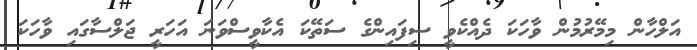
އަލްހާން މިމޭރުމުން ވާހަކަ ދެއްކެވީ ސިފައިންގެ ސަތޭކަ އެކާވީސްވަނަ އަހަރީ ޖަލްސާގައި ވާހަކަ